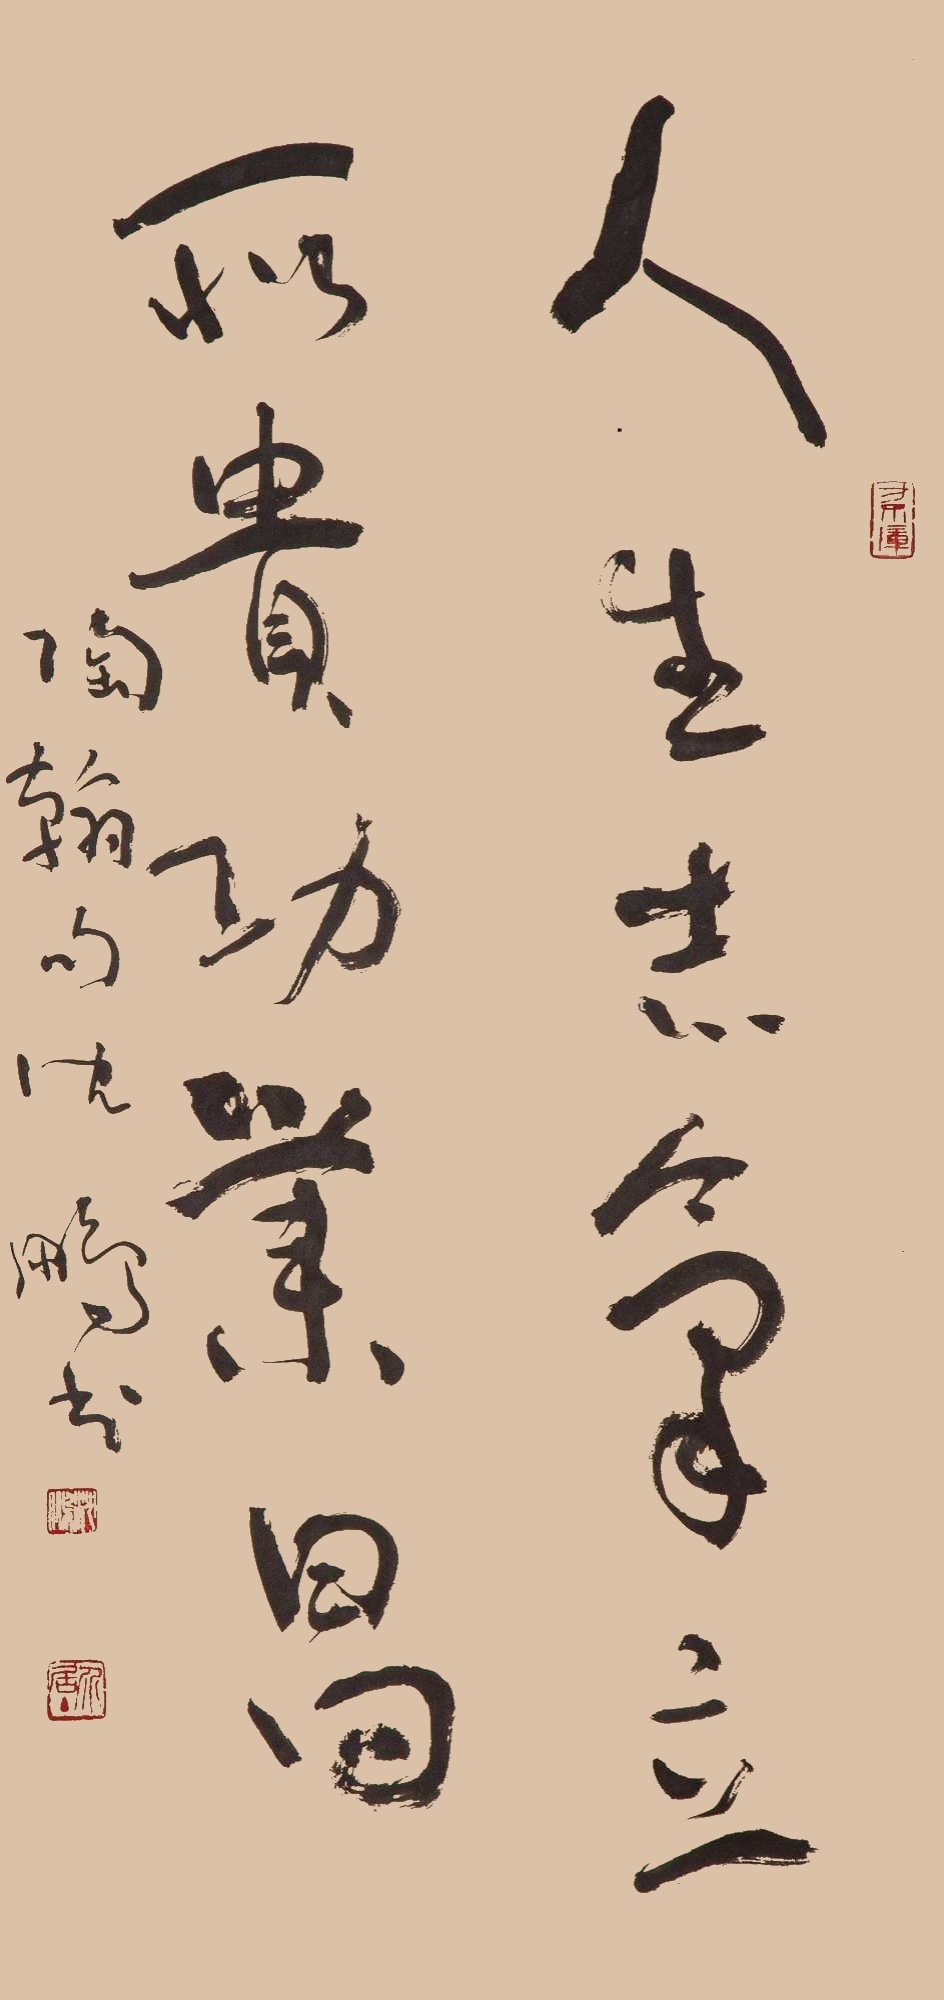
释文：人生志气立，所贵功业昌。陶翰句，沈鹏书。